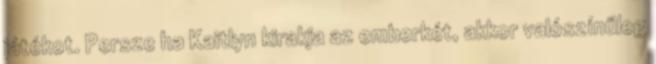
játékot. Persze ha Kaitlyn kirakja az emberkét, akkor valószínűleg